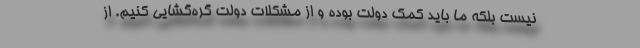
نیست بلکه ما باید کمک دولت بوده و از مشکلات دولت گره‌گشایی کنیم. از